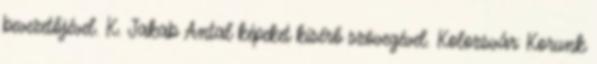
bevezetőjével. K. Jakab Antal képeket kísérő szövegével. Kolozsvár: Korunk